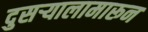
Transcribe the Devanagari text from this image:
दुसऱ्यालामारून